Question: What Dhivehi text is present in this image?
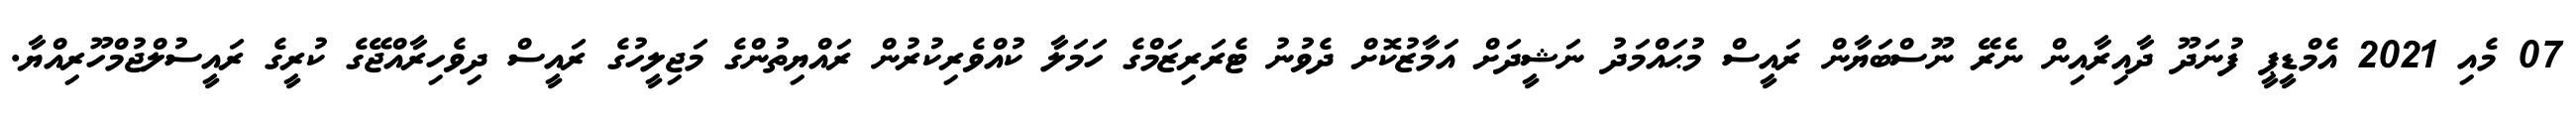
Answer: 07 މެއި 2021 އެމްޑީޕީ ފުނަދޫ ދާއިރާއިން ނެރޭ ނޫސްބަޔާން ރައީސް މުޙައްމަދު ނަޝީދަށް އަމާޒުކޮށް ދެވުނު ޓެރަރިޒަމްގެ ހަމަލާ ކުއްވެރިކުރުން ރައްޔިތުންގެ މަޖިލީހުގެ ރައީސް ދިވެހިރާއްޖޭގެ ކުރީގެ ރައީސުލްޖުމްހޫރިއްޔާ.